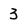
Character: 3